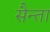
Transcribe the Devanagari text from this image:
सैन्ता